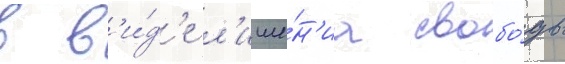
в в'и́д'е л'ише́н'иа свобо́ды